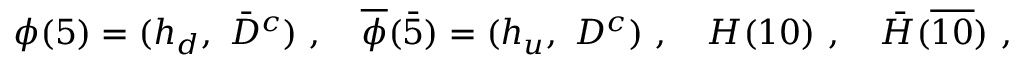
\phi ( 5 ) = ( h _ { d } , ~ \bar { D } ^ { c } ) ~ , ~ ~ ~ \overline { { { \phi } } } ( \bar { 5 } ) = ( h _ { u } , ~ D ^ { c } ) ~ , ~ ~ ~ H ( 1 0 ) ~ , ~ ~ ~ \bar { H } ( \overline { { { 1 0 } } } ) ~ ,